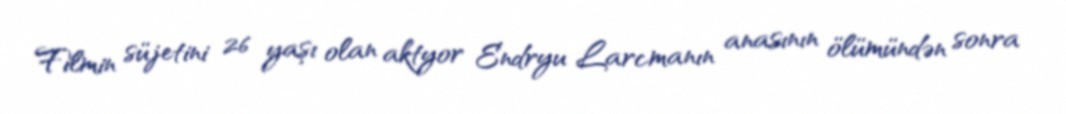
Filmin süjetini 26 yaşı olan aktyor Endryu Larcmanın anasının ölümündən sonra